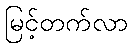
မြင့်တက်လာ